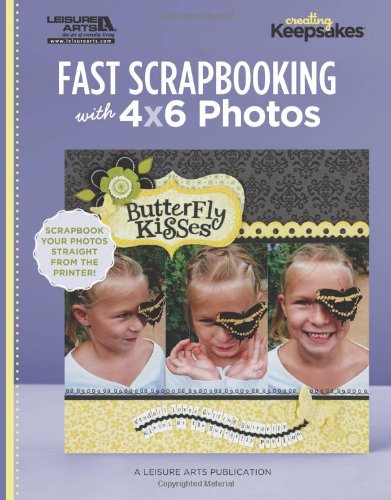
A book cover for Fast Scrapbooking with 4x6 Photos; The editors of Creating Keepsakes scrapbooking magazine; Crafts, Hobbies & Home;